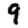
Digit: 9